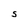
Character: S